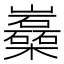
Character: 𡿈